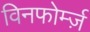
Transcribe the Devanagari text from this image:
विनफोर्म्ज़